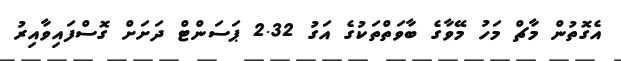
އެގޮތުން މާޗް މަހު މޭވާގެ ބާވަތްތަކުގެ އަގު 2.32 ޕަސަންޓް ދަށަށް ގޮސްފައިވާއިރު